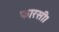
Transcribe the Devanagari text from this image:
फारसी।